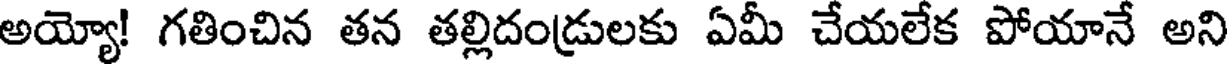
అయ్యో! గతించిన తన తల్లిదండ్రులకు ఏమీ చేయలేక పోయానే అని